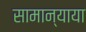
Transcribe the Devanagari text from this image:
सामान्याया